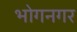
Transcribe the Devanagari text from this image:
भोगनगर